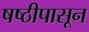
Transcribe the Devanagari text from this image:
षष्ठीपासून